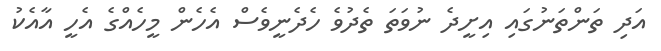
އަދި ތަންތަނުގައި އިށީދެ ނުވަތަ ތެދުވެ ހެދެނީވެސް އެހެން މީހެއްގެ އެހީ އާއެކު